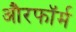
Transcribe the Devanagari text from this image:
औरफॉर्म